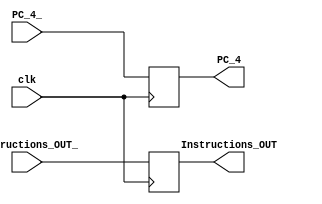
module IF_ID(
    input clk,
    input [31:2] PC_4_,
    input [31:0] Instructions_OUT_,
    output [31:2] PC_4,
    output [31:0] Instructions_OUT
    );
    reg [31:2] PC_4;
    reg [31:0] Instructions_OUT;
    always @(posedge clk)
    begin
        PC_4 <= PC_4_;
        Instructions_OUT <= Instructions_OUT_;
    end
endmodule